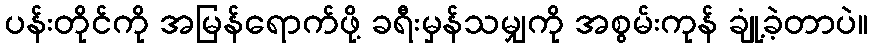
ပန်းတိုင်ကို အမြန်ရောက်ဖို့ ခရီးမှန်သမျှကို အစွမ်းကုန် ချုံ့ခဲ့တာပဲ။